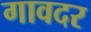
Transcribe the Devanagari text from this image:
गावदर